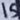
Text: 15